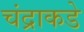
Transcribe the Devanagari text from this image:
चंद्राकडे